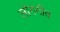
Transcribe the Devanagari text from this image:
लोगगीत